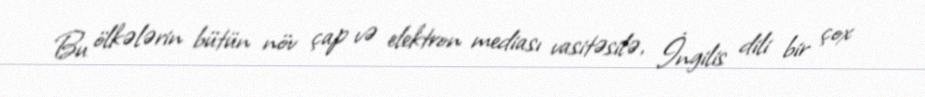
Bu ölkələrin bütün növ çap və elektron mediası vasitəsilə, İngilis dili bir çox